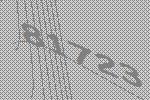
81723